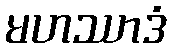
မဟဿာဒံ